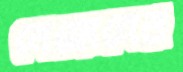
নেফ্রোনের